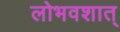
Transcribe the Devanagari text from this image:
लोभवशात्